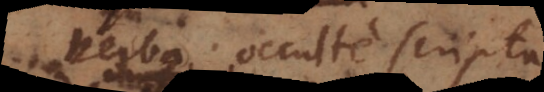
verba occulte scripta